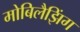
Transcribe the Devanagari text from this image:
मोबिलैझिंग